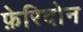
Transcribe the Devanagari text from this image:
फ़ेरिदोन